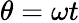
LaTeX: \theta=\omega t